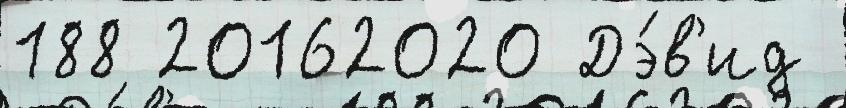
188 20162020 Дэ́в'ид